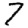
Digit: 7